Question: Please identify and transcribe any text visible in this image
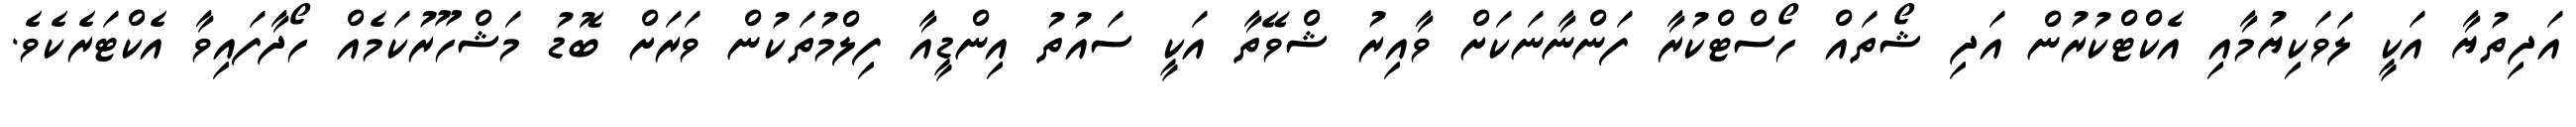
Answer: އަދިތުޔާ އަކީ ލަވަކިޔުމާއި އެކްޓްކުރުން އަދި ޝޯތައް ހޯސްޓްކުރާ ފަންނާނަކަށް ވާއިރު ޝްވޭތާ އަކީ ސައުތު އިންޑީއާ ފިލްމުތަކުން ވަރަށް ބޮޑު މަޝްހޫރުކަމެއް ހޯދާފައިވާ އެކްޓަރެކެވެ.